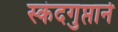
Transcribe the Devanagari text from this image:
स्कंदगुप्ताने